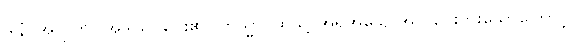
ဒါနံ၊ အလှူကို။ အဒါသိ၊ ပေး၏။ တသ္မာ၊ ထိုသို့ အရိုအသေ အလှုပေးဘူးသောကြောင့်။